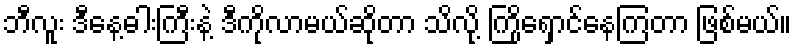
ဘီလူး ဒီနေ့ဓါးကြီးနဲ့ ဒီကိုလာမယ်ဆိုတာ သိလို့ ကြိုရှောင်နေကြတာ ဖြစ်မယ်။